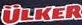
ULKER